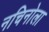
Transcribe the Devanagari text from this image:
नचिनोला